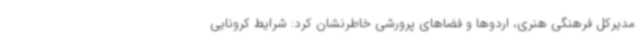
مدیرکل فرهنگی هنری، اردوها و فضاهای پرورشی خاطرنشان کرد: شرایط کرونایی